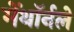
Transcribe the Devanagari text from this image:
मेंथॉर्नले